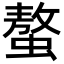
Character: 螯